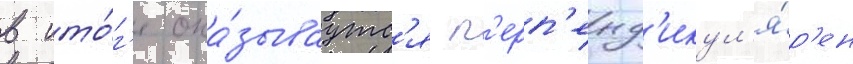
в ито́г'е ока́зываутс'я п'ерп'енд'икул'я́р'ен